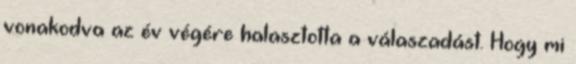
vonakodva az év végére halasztotta a válaszadást. Hogy mi